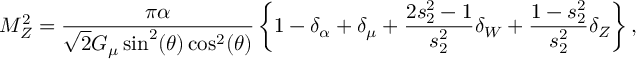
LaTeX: M _ { Z } ^ { 2 } = { \frac { \pi \alpha } { \sqrt { 2 } G _ { \mu } \sin ^ { 2 } ( \theta ) \cos ^ { 2 } ( \theta ) } } \left\{ 1 - \delta _ { \alpha } + \delta _ { \mu } + { \frac { 2 s _ { 2 } ^ { 2 } - 1 } { s _ { 2 } ^ { 2 } } } \delta _ { W } + { \frac { 1 - s _ { 2 } ^ { 2 } } { s _ { 2 } ^ { 2 } } } \delta _ { Z } \right\} ,